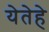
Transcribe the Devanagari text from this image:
येतेहे